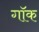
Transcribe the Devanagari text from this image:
गॉक